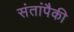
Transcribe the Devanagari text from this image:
संतांपैकी